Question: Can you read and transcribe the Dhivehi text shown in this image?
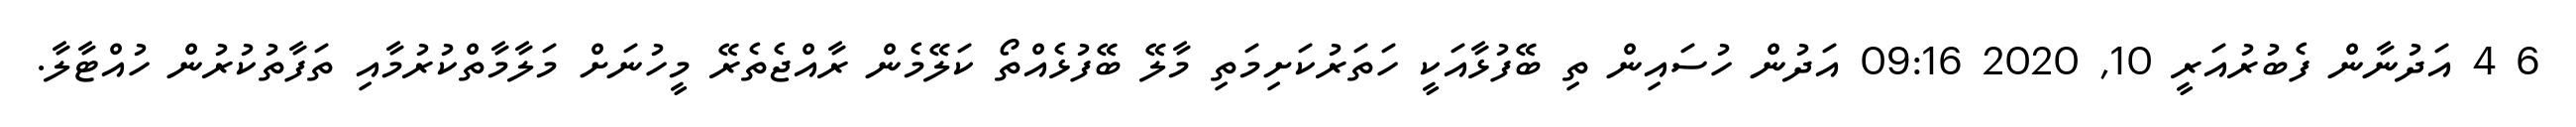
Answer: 6 4 އަދުނާން ފެބުރުއަރީ 10, 2020 09:16 އަދުން ހުސައިން ތި ބޭފުޅާއަކީ ހަތަރުކަށިމަތި މާލޭ ބޭފުޅެއްތޯ ކަލޭމެން ރާއްޖެތެރޭ މީހުނަށް މަލާމާތްކުރުމާއި ތަފާތުކުރުން ހުއްޓާލާ.